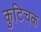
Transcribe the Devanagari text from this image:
कुटिचक